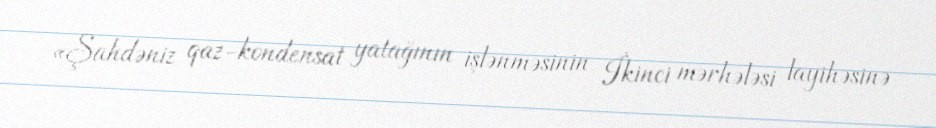
«Şahdəniz qaz-kondensat yatağının işlənməsinin İkinci mərhələsi layihəsinə